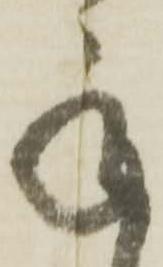
承